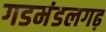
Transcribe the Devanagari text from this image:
गडमंडलगढ़